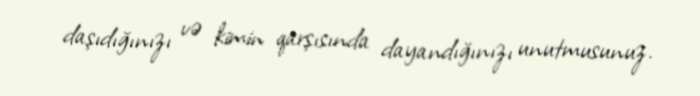
daşıdığınızı və kimin qarşısında dayandığınızı unutmusunuz.